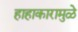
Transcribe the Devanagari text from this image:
हाहाकारामुळे